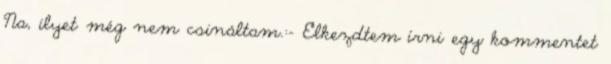
Na, ilyet még nem csináltam.:- Elkezdtem írni egy kommentet